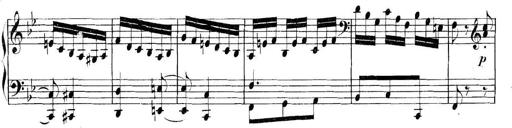
Title: Collected Piano Sonatas
Composer: Muzio Clementi